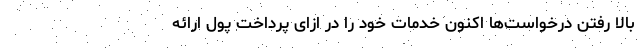
بالا رفتن درخواست‌ها اکنون خدمات خود را در ازای پرداخت پول ارائه